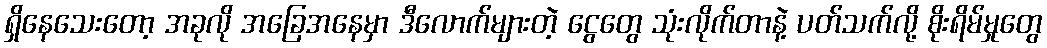
ရှိနေသေးတော့ အခုလို အခြေအနေမှာ ဒီလောက်များတဲ့ ငွေတွေ သုံးလိုက်တာနဲ့ ပတ်သက်လို့ စိုးရိမ်မှုတွေ